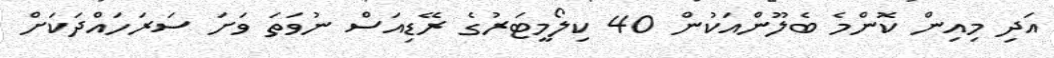
އަދި މިއިން ކޮންމެ ބެލޫންއަކުން 40 ކިލޯމީޓަރުގެ ރޭޑިއަސް ނުވަތަ ވަށަ ސަރަހައްދަކަށް